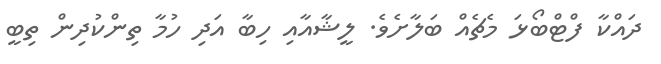
ދައްކާ ފްޓްބޯޅަ މެޗެއް ބަލާށެވެ. ލީޝާއާއި ހިބާ އަދި ހުމާ ތިންކުދިން ތިބީ